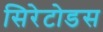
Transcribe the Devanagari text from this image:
सिरेटोडस